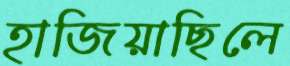
হাজিয়াছিলে